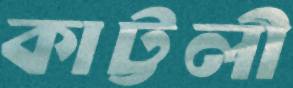
কাট্টলী